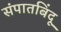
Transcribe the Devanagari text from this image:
संपातबिंदू